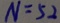
N = 5 2